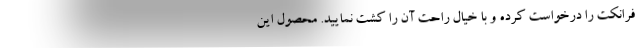
فرانکت را درخواست کرده و با خیال راحت آن را کشت نمایید. محصول این